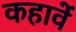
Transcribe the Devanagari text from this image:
कहावें